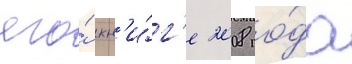
его́ кн'и́г'е 2008 го́да